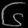
Digit: ၆